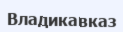
Владикавказ